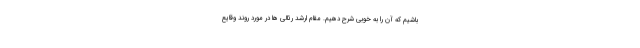
باشیم که آن را به خوبی شرح دهیم. مقام ارشد رئالی ها در مورد روند وقایع